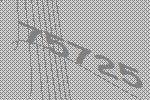
75725